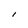
Character: I